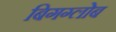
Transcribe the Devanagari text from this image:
बिगग्लोब